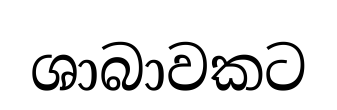
ශාබාවකට